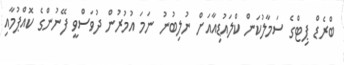
ބްރެޑް ޕިޓްގެ ސަމާލުކަން ކްލައުޑިއާއަށް ނުލިބުނު ނަމަ އުމުރުން ދުވަސްވީ ފޭނުންގެ ކޮއްޕުމާއި